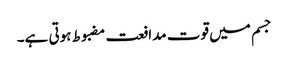
جسم میں قوت مدافعت مضبوط ہوتی ہے۔